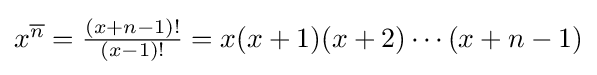
{\textstyle x^{\overline {n}}={\frac {(x+n-1)!}{(x-1)!}}=x(x+1)(x+2)\cdots (x+n-1)}